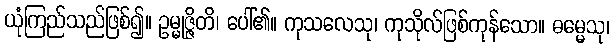
ယုံကြည်သည်ဖြစ်၍။ ဥမ္မုဇ္ဇိတိ၊ ပေါ်၏။ ကုသလေသု၊ ကုသိုလ်ဖြစ်ကုန်သော။ ဓမ္မေသု၊